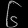
Digit: ၆